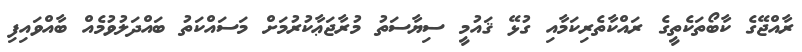
ރާއްޖޭގެ ކާބޯތަކެތީގެ ރައްކާތެރިކަމާއި ގުޅޭ ޤައުމީ ސިޔާސަތު މުރާޖަޢާކުރުމަށް މަސައްކަތު ބައްދަލުވުމެއް ބާއްވައިފި